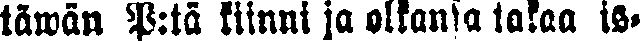
täwän P:tä kiinni ja olkansa takaa is-